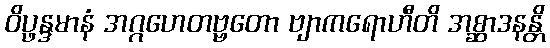
ဝိပ္ဖန္ဒမာနံ အဂ္ဂဟေတဗ္ဗတော ဗျာကရောဟီတိ အစ္ဆာဒနန္တိ